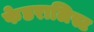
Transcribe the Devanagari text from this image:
फेडरालिस्ट